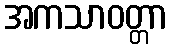
အကသာဝတ္တာ